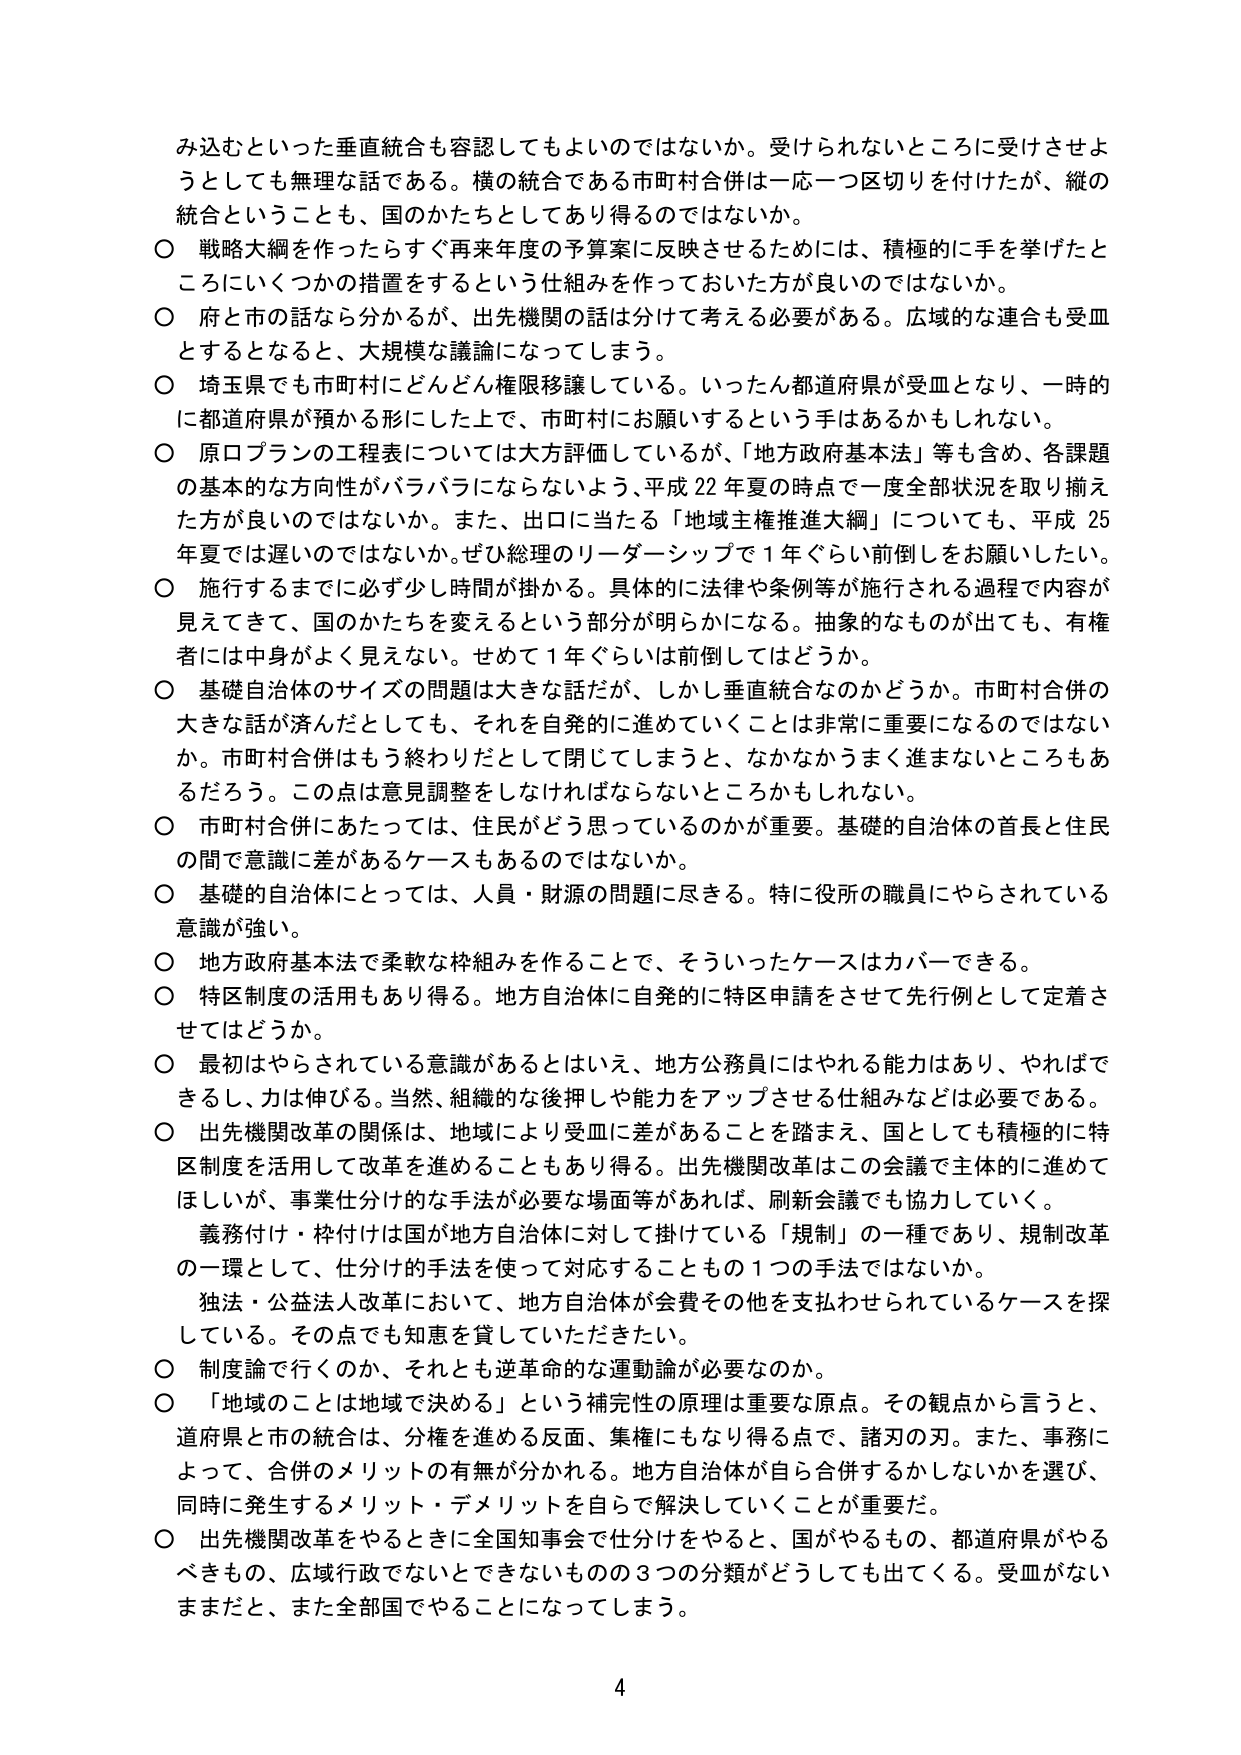
み込むといった垂直統合も容認してもよいのではないか。受けられないところに受けさせようとしても無理な話である。横の統合である市町村合併は一応一つ区切りを付けたが、縦の統合ということも、国のかたちとしてあり得るのではないか。

〇 戦略大綱を作ったらすぐ再来年度の予算案に反映させるためには、積極的に手を挙げたところにいくつかの措置をするという仕組みを作っておいた方が良いのではないか。

〇 府と市の話なら分かるが、出先機関の話は分けて考える必要がある。広域的な連合も受皿とするとなると、大規模な議論になってしまう。

〇 埼玉県でも市町村にどんどん権限移譲している。いったん都道府県が受皿となり、一時的に都道府県が預かる形にした上で、市町村にお願いするという手はあるかもしれない。

〇 原口プランの工程表については大方評価しているが、「地方政府基本法」等も含め、各課題の基本的な方向性がバラバラにならないよう、平成22年夏の時点で一度全部状況を取り揃えた方が良いのではないか。また、出口に当たる「地域主権推進大綱」についても、平成25年夏では遅いのではないか。ぜひ総理のリーダーシップで1年ぐらい前倒しをお願いしたい。

〇 施行するまでに必ず少し時間が掛かる。具体的に法律や条例等が施行される過程で内容が見えてきて、国のかたちを変えるという部分が明らかになる。抽象的なものが出てきても、有権者には中身がよく見えない。せめて1年ぐらいは前倒しではどうか。

〇 基礎自治体のサイズの問題は大きな話だが、しかし垂直統合なのかどうか。市町村合併の大きな話が済んだとしても、それを自発的に進めていくことは非常に重要になるのではないかな。市町村合併はもう終わりだとして閉じてしまうと、なかなかうまく進まないところもあるだろう。この点は意見調整をしなければならないところかもしれない。

〇 市町村合併にあたっては、住民がどう思っているのかが重要。基礎の自治体の首長と住民の間で意識に差があるケースもあるのではないか。

〇 基礎の自治体にとっては、人員・財源の問題に尽きる。特に役所の職員にやらされている意識が強い。

〇 地方政府基本法で柔軟な枠組みを作ることで、そういったケースはカバーできる。

〇 特区制度の活用もあり得る。地方自治体に自発的に特区申請をさせて先行例として定着させはどうか。

〇 最初はやらされている意識があるとはいえ、地方公務員にはやれる能力はあり、やればできるし、力は伸びる。当然、組織的な後押しや能力をアップさせる仕組みなどは必要である。

〇 出先機関改革の関係は、地域により受皿に差があることを踏まえ、国としても積極的に特区制度を活用して改革を進めることもあり得る。出先機関改革はこの会議で主体的に進めてほしいが、事業仕分け的な手法が必要な場面等があれば、刷新会議でも協力していく。

義務付け・枠付けは国が地方自治体に対して掛けていている「規制」の一種であり、規制改革の一環として、仕分けの手法を使って対応することの1つの手法ではないか。

独法・公益法人改革において、地方自治体が会費その他を支払わせられているケースを探している。その点でも知恵を貸していただきたい。

〇 制度論で行くのか、それとも逆革命的な運動論が必要なのか。

〇 「地域のことは地域で決める」という補完性の原理は重要な原点。その観点から言うと、道府県と市の統合は、分権を進める反面、集権にもなり得る点で、諸刃の刃。また、事務によって、合併のメリットの有無が分かれる。地方自治体が自ら合併するかしないかを選び、同時に発生するメリット・デメリットを自らで解決していくことが重要だ。

〇 出先機関改革をやるときに全国知事会で仕分けをやると、国がやるもの、都道府県がやるべきもの、広域行政でないとできないものの3つの分類がどうしても出てくる。受皿がないままだと、また全部国でやることになってしまう。

4